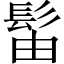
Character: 𫘼